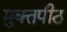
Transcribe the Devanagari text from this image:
मुक्‍तपीठ